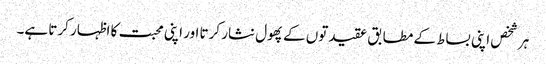
ہر شخص اپنی بساط کے مطابق عقیدتوں کے پھول نثار کرتا اور اپنی محبت کا اظہار کرتا ہے۔